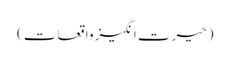
(حیرت انگیز واقعات)